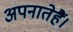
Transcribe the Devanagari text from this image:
अपनातेहैं।